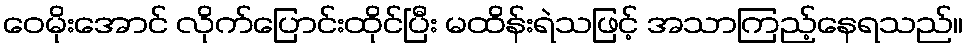
ဝေမိုးအောင် လိုက်ပြောင်းထိုင်ပြီး မထိန်းရဲသဖြင့် အသာကြည့်နေရသည်။